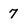
Character: 7